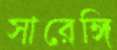
সারেঙ্গি